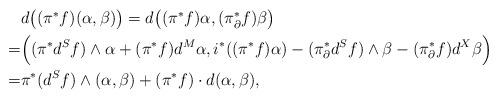
LaTeX: \begin{align*}\begin{aligned}&d\big((\pi^{*}f)(\alpha,\beta)\big)=d\big((\pi^{*}f)\alpha,(\pi^{*}_{\partial}f)\beta\big)\\=&\Big((\pi^{*}d^{S}f)\wedge\alpha+(\pi^{*}f) d^{M}\alpha,i^{*}((\pi^{*}f)\alpha)-(\pi^{*}_{\partial}d^{S}f)\wedge\beta-(\pi^{*}_{\partial}f) d^{X}\beta\Big)\\=&\pi^{*}(d^{S}f)\wedge(\alpha,\beta)+(\pi^{*}f)\cdot d(\alpha,\beta),\end{aligned}\end{align*}